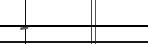
-